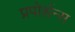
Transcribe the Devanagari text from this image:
प्रपोर्शन्स